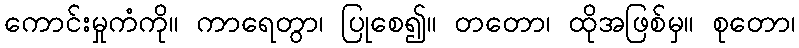
ကောင်းမှုကံကို။ ကာရေတွာ၊ ပြုစေ၍။ တတော၊ ထိုအဖြစ်မှ။ စုတော၊